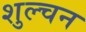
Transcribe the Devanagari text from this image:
शुल्चन